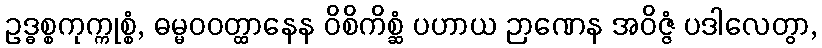
ဥဒ္ဓစ္စကုက္ကုစ္စံ, ဓမ္မဝဝတ္ထာနေန ဝိစိကိစ္ဆံ ပဟာယ ဉာဏေန အဝိဇ္ဇံ ပဒါလေတွာ,